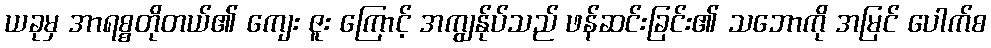
ယခုမှ အာရစ္စတိုတယ်၏ ကျေး ဇူး ကြောင့် အကျွန်ုပ်သည် ဖန်ဆင်းခြင်း၏ သဘောကို အမြင် ပေါက်စ